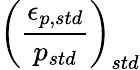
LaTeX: \displaystyle\left(\frac{\epsilon_{p,std}}{p_{std}}\right)_{std}